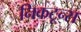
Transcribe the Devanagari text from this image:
निकटून्स